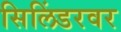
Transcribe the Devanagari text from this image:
सिलिंडरवर